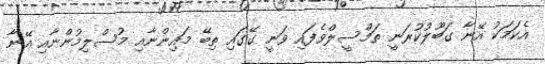
އެކަމަކު އޭނާ ގަބޫލުކުރަނީ ތަމްސީލްވެފައި ވަނީ ގޭގައި ތިބޭ މައިންނާއި މުސްލިމުންނާއި އޭނާ